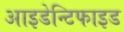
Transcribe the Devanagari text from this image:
आइडेन्टिफाइड